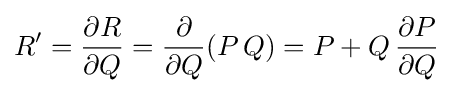
R'={\frac {\partial R}{\partial Q}}={\frac {\partial }{\partial Q}}(P\,Q)=P+Q\,{\frac {\partial P}{\partial Q}}